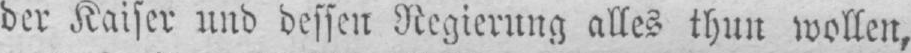
der Kaiser und dessen Regierung alles thun wollen,